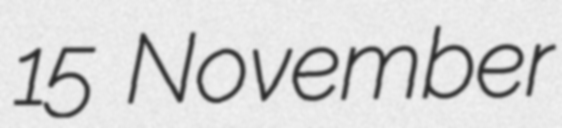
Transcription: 15 November